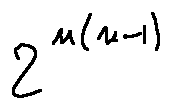
2 ^ { n ( n - 1 ) }